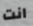
انت